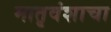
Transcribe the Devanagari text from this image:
मातृवंशाचा